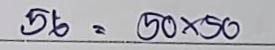
56 = 50 x 50